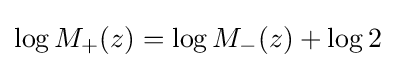
\log M_{+}(z)=\log M_{-}(z)+\log 2